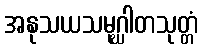
အနုသယသမုဂ္ဃါတသုတ္တံ